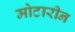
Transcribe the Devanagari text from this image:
मोटारीन